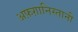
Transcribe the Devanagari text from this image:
अफ़ग़ानिस्तानी